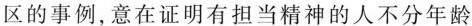
区的事例，意在证明有担当精神的人不分年龄